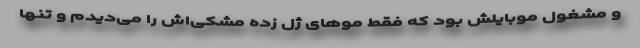
و مشغول موبایلش بود که فقط موهای ژل زده مشکی‌اش را می‌دیدم و تنها